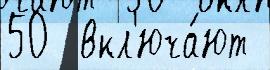
50  вкл'юча́ют